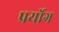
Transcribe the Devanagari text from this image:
प्रर्योग